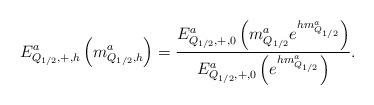
LaTeX: \begin{align*}E^a_{Q_{1/2},+,h}\left(m^a_{Q_{1/2},h}\right)=\frac{E^a_{Q_{1/2},+,0}\left(m^a_{Q_{1/2}}e^{hm^a_{Q_{1/2}}}\right)}{E^a_{Q_{1/2},+,0}\left(e^{hm^a_{Q_{1/2}}}\right)}.\end{align*}